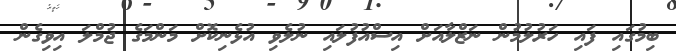
ބިމުގައި ފައި ހަރުލުމުން ނަޒްލާއަށް އިސްއުފުލައި ނުލެވި އުޅެނިކޮށް މަންމަގެ ޖުމްލަ އިވިގެން